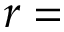
r = { }